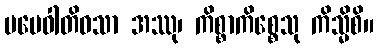
မမေဝါတိဝသာ အဿု၊ ကိစ္စာကိစ္စေသု ကိသ္မိစိ။